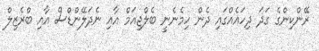
ރޭންކިންގެ ގަދަ ދިހައެއްގައި ދެން ހިމެނެނީ ބެލްޖިއަމް އާއި ނެދަލޭންޑްސް އާއި ބްރެޒިލް